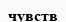
чувств